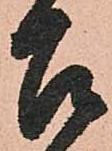
召